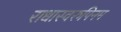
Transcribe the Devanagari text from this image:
राधास्वरुपिनम